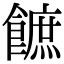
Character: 䭖